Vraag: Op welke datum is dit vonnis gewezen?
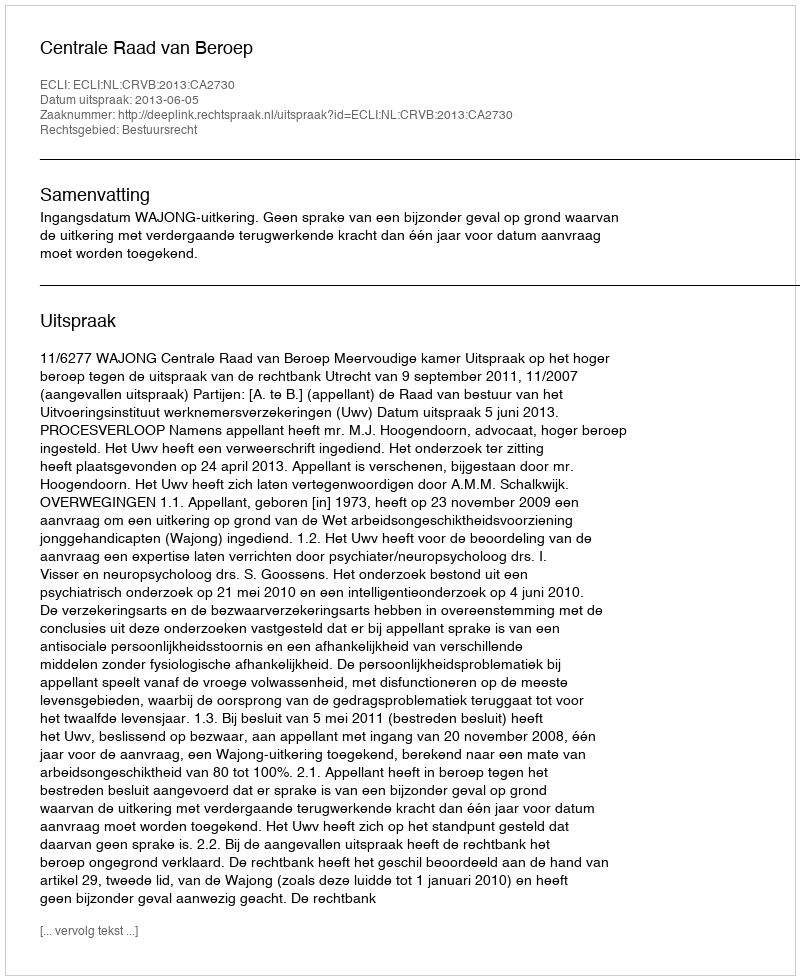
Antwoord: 2013-06-05